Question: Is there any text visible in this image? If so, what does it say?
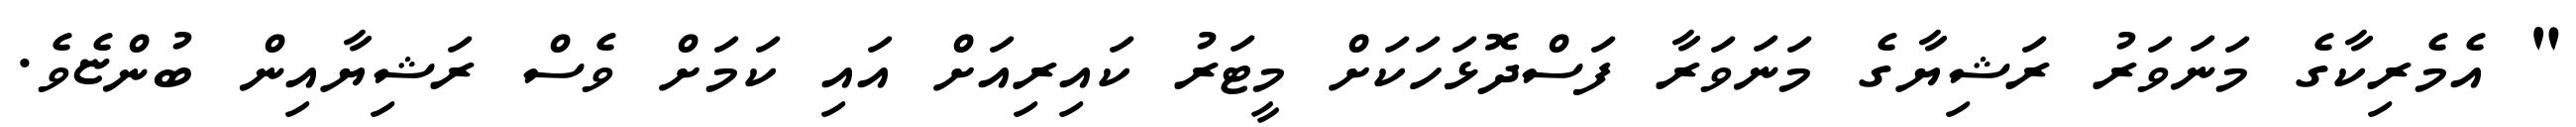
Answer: " އެމެރިކާގެ މަނަވަރު ރަޝިޔާގެ މަނަވަރާ ފަސްދޮޅަހަކަށް މީޓަރު ކައިރިއަށް އައި ކަމަށް ވެސް ރަޝިޔާއިން ބުންޏެވެ.